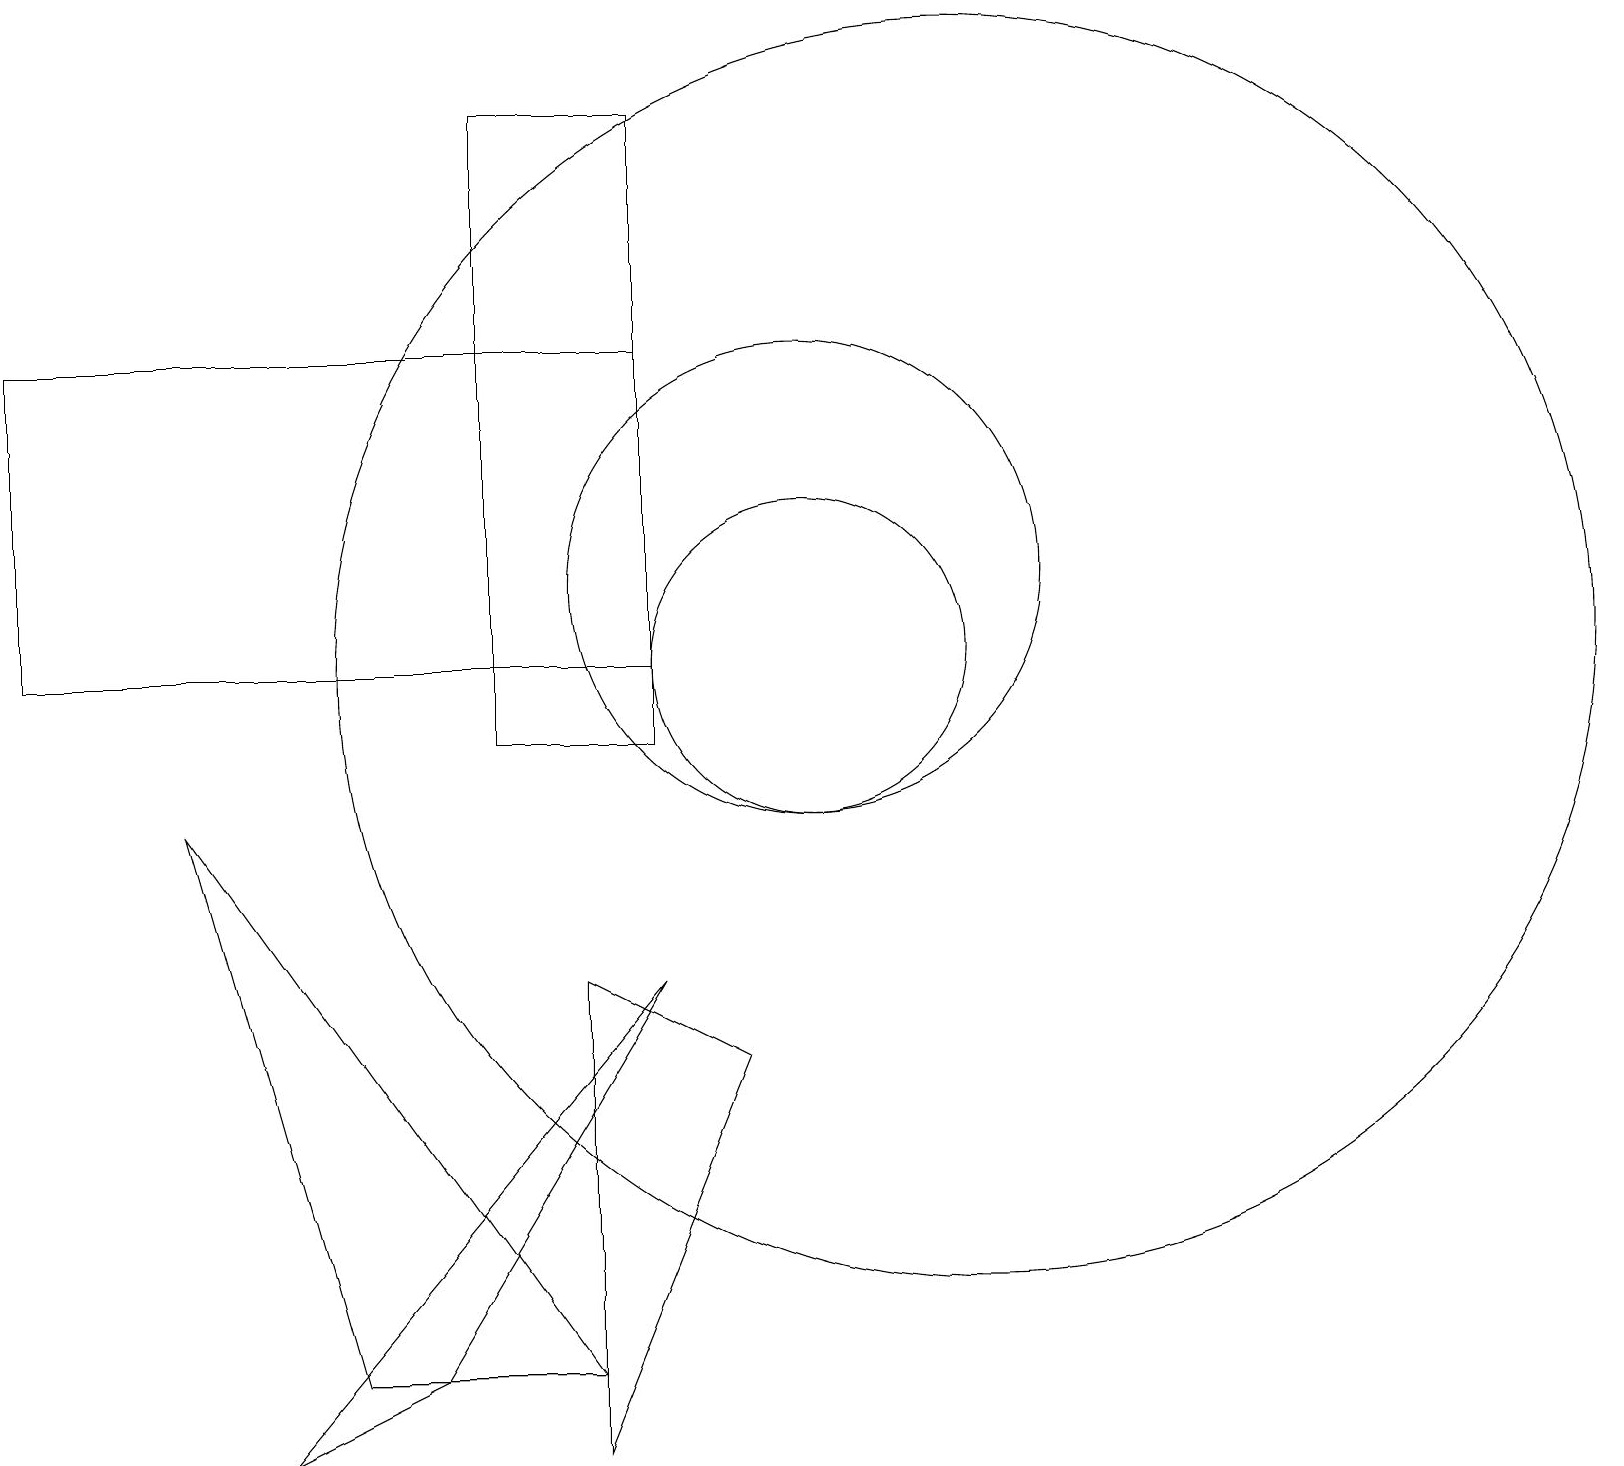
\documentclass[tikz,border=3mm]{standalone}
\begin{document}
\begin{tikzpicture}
\draw (10,11) circle (2);
\draw (12,11) circle (8);
\draw (10,12) circle (3);
\draw (7,2) -- (4,2) -- (2,9) -- cycle;
\draw (8,10) rectangle (6,18);
\draw (0,11) rectangle (8,15);
\draw (9,6) -- (7,1) -- (7,7) -- cycle;
\draw (8,7) -- (5,2) -- (3,1) -- cycle;
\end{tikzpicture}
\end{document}